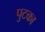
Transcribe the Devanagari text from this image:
पुटका